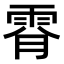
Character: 𩂪